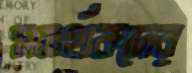
সমর্থকদের